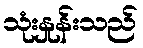
သုံးနှုန်းသည်